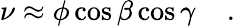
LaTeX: \nu\approx\phi\cos\beta\cos\gamma\; \; \; \; .